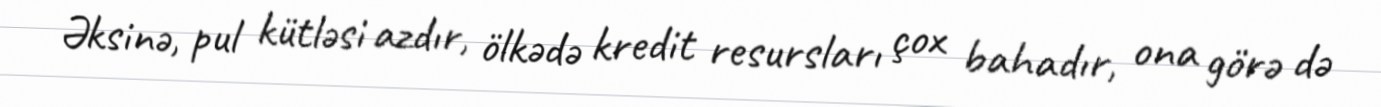
Əksinə, pul kütləsi azdır, ölkədə kredit resursları çox bahadır, ona görə də